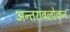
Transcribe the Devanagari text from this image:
अन्तरावलोकन